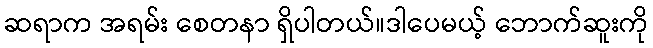
ဆရာက အရမ်း စေတနာ ရှိပါတယ်။ဒါပေမယ့် ဘောက်ဆူးကို